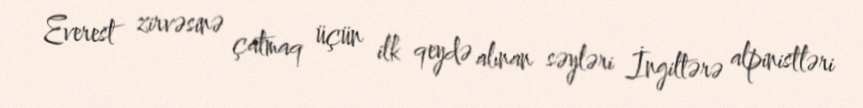
Everest zirvəsinə çatmaq üçün ilk qeydə alınan səyləri İngiltərə alpinistləri